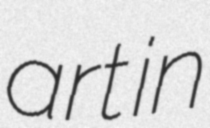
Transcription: art in